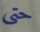
حتى